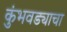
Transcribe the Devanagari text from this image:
कुंभवड्याचा